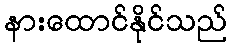
နားထောင်နိုင်သည်